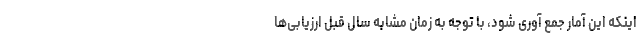
اینکه این آمار جمع آوری شود، با توجه به زمان مشابه سال قبل ارزیابی‌ها